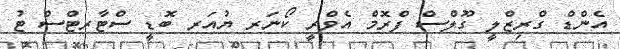
އެންޑް ގްރިޒްލީ ގޫލްސް ފްރޮމް އެވްރީ ކޯނަރ ޔުއަރ ބޮޑީ ސްޓާރޓްސް ޓު